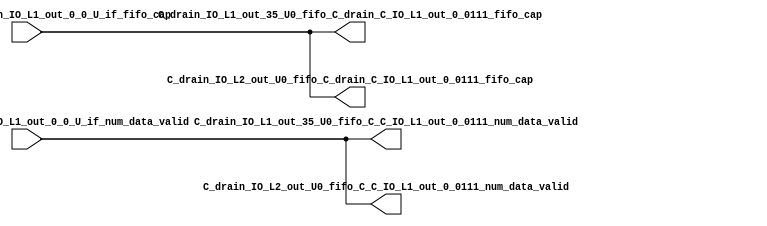
// ==================================================
// RTL generated by RapidStream
//
// Copyright 2024 RapidStream Design Automation, Inc.
// All Rights Reserved.
// ==================================================
`timescale 1 ns / 1 ps
module __rs_kernel3_aux_split_aux_70 #(
    parameter C_S_AXI_CONTROL_DATA_WIDTH  = 32,
    parameter C_S_AXI_CONTROL_ADDR_WIDTH  = 6,
    parameter C_S_AXI_DATA_WIDTH          = 32,
    parameter C_M_AXI_GMEM_A_ID_WIDTH     = 1,
    parameter C_M_AXI_GMEM_A_ADDR_WIDTH   = 64,
    parameter C_M_AXI_GMEM_A_DATA_WIDTH   = 512,
    parameter C_M_AXI_GMEM_A_AWUSER_WIDTH = 1,
    parameter C_M_AXI_GMEM_A_ARUSER_WIDTH = 1,
    parameter C_M_AXI_GMEM_A_WUSER_WIDTH  = 1,
    parameter C_M_AXI_GMEM_A_RUSER_WIDTH  = 1,
    parameter C_M_AXI_GMEM_A_BUSER_WIDTH  = 1,
    parameter C_M_AXI_GMEM_A_USER_VALUE   = 0,
    parameter C_M_AXI_GMEM_A_PROT_VALUE   = 0,
    parameter C_M_AXI_GMEM_A_CACHE_VALUE  = 3,
    parameter C_M_AXI_DATA_WIDTH          = 32,
    parameter C_M_AXI_GMEM_B_ID_WIDTH     = 1,
    parameter C_M_AXI_GMEM_B_ADDR_WIDTH   = 64,
    parameter C_M_AXI_GMEM_B_DATA_WIDTH   = 512,
    parameter C_M_AXI_GMEM_B_AWUSER_WIDTH = 1,
    parameter C_M_AXI_GMEM_B_ARUSER_WIDTH = 1,
    parameter C_M_AXI_GMEM_B_WUSER_WIDTH  = 1,
    parameter C_M_AXI_GMEM_B_RUSER_WIDTH  = 1,
    parameter C_M_AXI_GMEM_B_BUSER_WIDTH  = 1,
    parameter C_M_AXI_GMEM_B_USER_VALUE   = 0,
    parameter C_M_AXI_GMEM_B_PROT_VALUE   = 0,
    parameter C_M_AXI_GMEM_B_CACHE_VALUE  = 3,
    parameter C_M_AXI_GMEM_C_ID_WIDTH     = 1,
    parameter C_M_AXI_GMEM_C_ADDR_WIDTH   = 64,
    parameter C_M_AXI_GMEM_C_DATA_WIDTH   = 512,
    parameter C_M_AXI_GMEM_C_AWUSER_WIDTH = 1,
    parameter C_M_AXI_GMEM_C_ARUSER_WIDTH = 1,
    parameter C_M_AXI_GMEM_C_WUSER_WIDTH  = 1,
    parameter C_M_AXI_GMEM_C_RUSER_WIDTH  = 1,
    parameter C_M_AXI_GMEM_C_BUSER_WIDTH  = 1,
    parameter C_M_AXI_GMEM_C_USER_VALUE   = 0,
    parameter C_M_AXI_GMEM_C_PROT_VALUE   = 0,
    parameter C_M_AXI_GMEM_C_CACHE_VALUE  = 3,
    parameter C_S_AXI_CONTROL_WSTRB_WIDTH = 4,
    parameter C_S_AXI_WSTRB_WIDTH         = 4,
    parameter C_M_AXI_GMEM_A_WSTRB_WIDTH  = 64,
    parameter C_M_AXI_WSTRB_WIDTH         = 4,
    parameter C_M_AXI_GMEM_B_WSTRB_WIDTH  = 64,
    parameter C_M_AXI_GMEM_C_WSTRB_WIDTH  = 64
) (
    output wire [1:0] C_drain_IO_L1_out_35_U0_fifo_C_C_IO_L1_out_0_0111_num_data_valid,
    output wire [1:0] C_drain_IO_L1_out_35_U0_fifo_C_drain_C_IO_L1_out_0_0111_fifo_cap,
    output wire [1:0] C_drain_IO_L2_out_U0_fifo_C_C_IO_L1_out_0_0111_num_data_valid,
    output wire [1:0] C_drain_IO_L2_out_U0_fifo_C_drain_C_IO_L1_out_0_0111_fifo_cap,
    input wire  [1:0] fifo_C_drain_C_drain_IO_L1_out_0_0_U_if_fifo_cap,
    input wire  [1:0] fifo_C_drain_C_drain_IO_L1_out_0_0_U_if_num_data_valid
);
assign C_drain_IO_L1_out_35_U0_fifo_C_C_IO_L1_out_0_0111_num_data_valid = fifo_C_drain_C_drain_IO_L1_out_0_0_U_if_num_data_valid;
assign C_drain_IO_L1_out_35_U0_fifo_C_drain_C_IO_L1_out_0_0111_fifo_cap = fifo_C_drain_C_drain_IO_L1_out_0_0_U_if_fifo_cap;
assign C_drain_IO_L2_out_U0_fifo_C_C_IO_L1_out_0_0111_num_data_valid = fifo_C_drain_C_drain_IO_L1_out_0_0_U_if_num_data_valid;
assign C_drain_IO_L2_out_U0_fifo_C_drain_C_IO_L1_out_0_0111_fifo_cap = fifo_C_drain_C_drain_IO_L1_out_0_0_U_if_fifo_cap;
endmodule